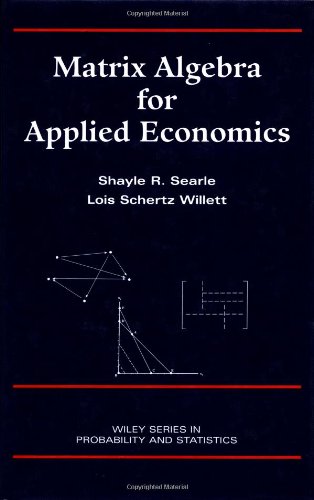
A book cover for Matrix Algebra for Applied Economics; Shayle R. Searle; Science & Math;